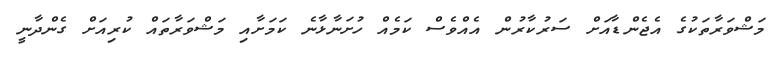
މަޝްވަރާތަކުގެ އެޖެންޑާއަށް ސަރުކާރުން އެއްވެސް ކަމެއް ހުށަނާޅާނެ ކަމަށާއި މަޝްވަރާތައް ކުރިއަށް ގެންދާނީ